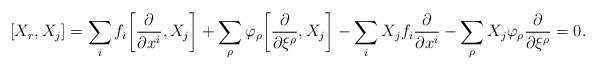
LaTeX: \begin{align*}[X_r, X_j] &= \sum_i f_i \bigg[ \frac {\partial} {\partial x^i}, X_j \bigg] + \sum_\rho \varphi_\rho \bigg[ \frac {\partial} {\partial \xi^\rho}, X_j \bigg] - \sum_i X_jf_i \frac {\partial} {\partial x^i} - \sum_\rho X_j \varphi_\rho \frac {\partial} {\partial \xi^\rho} = 0.\end{align*}